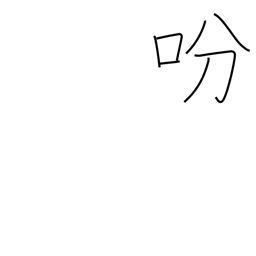
Meaning: give an order